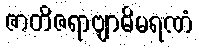
ဇာတိဇရာဗျာဓိမရဏံ